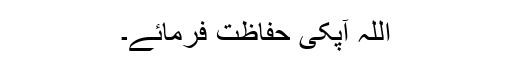
اللہ آپکی حفاظت فرمائے۔